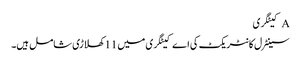
A کیٹگری
سینٹرل کانٹریکٹ کی اے کیٹگری میں 11 کھلاڑی شامل ہیں۔